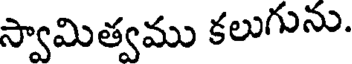
స్వామిత్వము కలుగును.